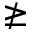
\ngeq